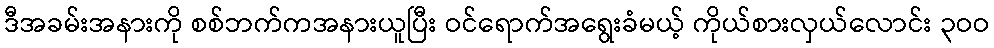
ဒီအခမ်းအနားကို စစ်ဘက်ကအနားယူပြီး ဝင်ရောက်အရွေးခံမယ့် ကိုယ်စားလှယ်လောင်း ၃ဝဝ